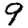
Digit: 9